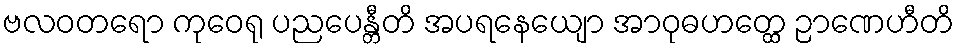
ဗလဝတရော ကုဝေရု ပညပေန္တီတိ အပရနေယျော အာဝုဓဟတ္ထေ ဉာဏေဟီတိ